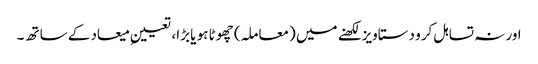
اور نہ تسا ہل کرو دستاویز لکھنے میں (معاملہ) چھوٹا ہو یا بڑا، تعیینِ میعاد کے ساتھ ۔